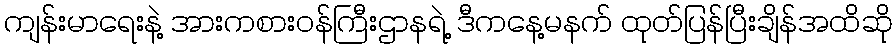
ကျန်းမာရေးနဲ့ အားကစားဝန်ကြီးဌာနရဲ့ ဒီကနေ့မနက် ထုတ်ပြန်ပြီးချိန်အထိဆို